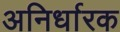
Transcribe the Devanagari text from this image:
अनिर्धारक